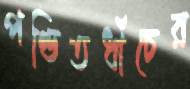
পণ্ডিতধাঁচের